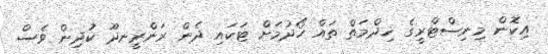
އިކޮން މިނިސްޓްރީގެ ޚިދްމަތް ތައް ހޯދުމަށް ޓަކައި ދެން ރަންރީނދޫ ކުދިން ވެސް